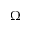
\Omega